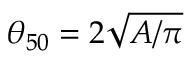
\theta _ { 5 0 } = 2 \sqrt { A / \pi }